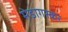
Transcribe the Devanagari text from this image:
मेडागस्कर